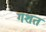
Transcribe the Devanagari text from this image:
गशत